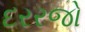
દરરજો